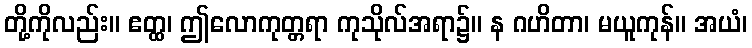
တို့ကိုလည်း။ ဧတ္ထ၊ ဤလောကုတ္တရာ ကုသိုလ်အရာ၌။ န ဂဟိတာ၊ မယူကုန်။ အယံ၊